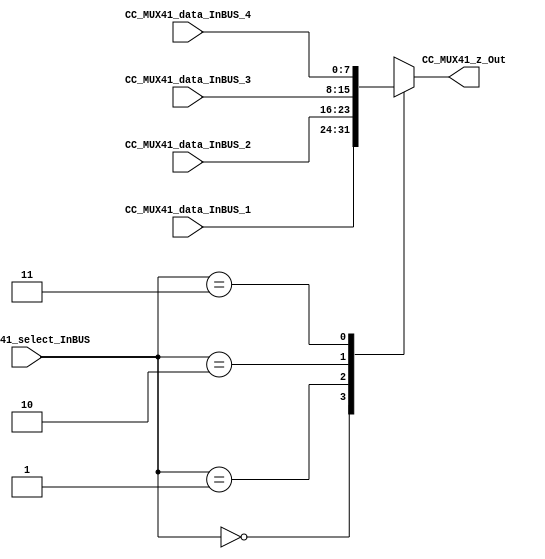
/*######################################################################
//#	G0B1T: HDL EXAMPLES. 2018.
//######################################################################
//# Copyright (C) 2018. F.E.Segura-Quijano (FES) fsegura@uniandes.edu.co
//# 
//# This program is free software: you can redistribute it and/or modify
//# it under the terms of the GNU General Public License as published by
//# the Free Software Foundation, version 3 of the License.
//#
//# This program is distributed in the hope that it will be useful,
//# but WITHOUT ANY WARRANTY; without even the implied warranty of
//# MERCHANTABILITY or FITNESS FOR A PARTICULAR PURPOSE.  See the
//# GNU General Public License for more details.
//#
//# You should have received a copy of the GNU General Public License
//# along with this program.  If not, see <http://www.gnu.org/licenses/>
//####################################################################*/
///Q=======================================================
//  MODULE Definition
//=======================================================
module Mux_niveles #(parameter MUX41_SELECTWIDTH=2,parameter MUX41_DATAWIDTH=8)(
//////////// OUTPUTS //////////
	CC_MUX41_z_Out,
//////////// INPUTS //////////
	CC_MUX41_select_InBUS,
	CC_MUX41_data_InBUS_1,
	CC_MUX41_data_InBUS_2,
	CC_MUX41_data_InBUS_3,
	CC_MUX41_data_InBUS_4
	
);
//=======================================================
//  PARAMETER declarations
//=======================================================

//=======================================================
//  PORT declarations
//=======================================================
output	reg [7:0]CC_MUX41_z_Out;
input 	[1:0] CC_MUX41_select_InBUS;
input 	[7:0] CC_MUX41_data_InBUS_1;
input 	[7:0]CC_MUX41_data_InBUS_2;
input 	[7:0] CC_MUX41_data_InBUS_3;
input 	[7:0] CC_MUX41_data_InBUS_4;



//=======================================================Q/
///A=======================================================
//  REG/WIRE declarations
//=======================================================

//=======================================================
//  Structural coding
//=======================================================
always @(*)
begin
   case( CC_MUX41_select_InBUS )
       0 : CC_MUX41_z_Out = CC_MUX41_data_InBUS_1;
       1 : CC_MUX41_z_Out = CC_MUX41_data_InBUS_2;
       2 : CC_MUX41_z_Out = CC_MUX41_data_InBUS_3;
       3 : CC_MUX41_z_Out = CC_MUX41_data_InBUS_4;
       default : CC_MUX41_z_Out = CC_MUX41_data_InBUS_1;       
   endcase
end

endmodule
//=======================================================A/